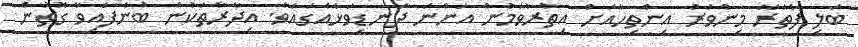
ބަލި ފެތުރޭ މިންވަރު އިންތިހާއަށް އިތުރުވަމުން އަންނަ ދަނޑިވަޅެއްގައެވެ. އިދާރާތަކުން ބުނެފައިވާ ގޮތުން